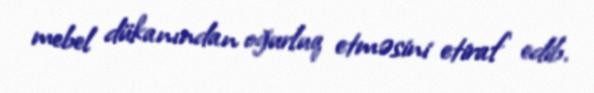
mebel dükanından oğurluq etməsini etiraf edib.